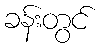
ခန်းတွင်